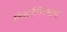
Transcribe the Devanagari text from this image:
निसर्गनियमाने